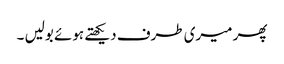
پھر میری طرف دیکھتے ہوئے بولیں ۔